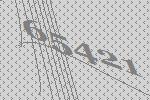
65421